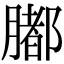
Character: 𦡄